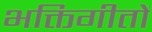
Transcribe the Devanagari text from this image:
भक्तिगीतों